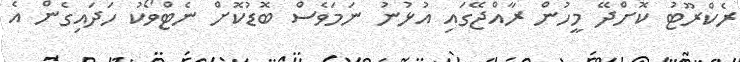
ރެކްރޫޓު ކޮށްދޭ މީހުން ރާއްޖޭގައި އުޅުނު ނަމަވެސް ބޮޑުކޮށް ނެޓްވޯކު ހަދައިގެން އެ